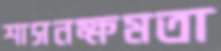
শাসনক্ষমতা